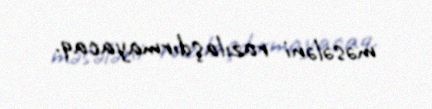
məsələni razılaşdırmayacaq.